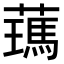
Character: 𦿰